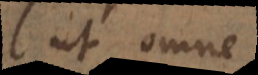
ut omne